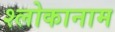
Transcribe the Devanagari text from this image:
श्लोकानाम